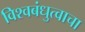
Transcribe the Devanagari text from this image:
विश्वबंधुत्वाचा